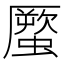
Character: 蟨